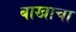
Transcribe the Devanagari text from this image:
बाखाचा